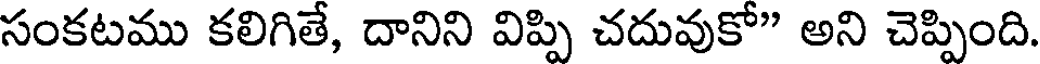
సంకటము కలిగితే, దానిని విప్పి చదువుకో" అని చెప్పింది